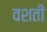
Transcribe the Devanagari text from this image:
वशती